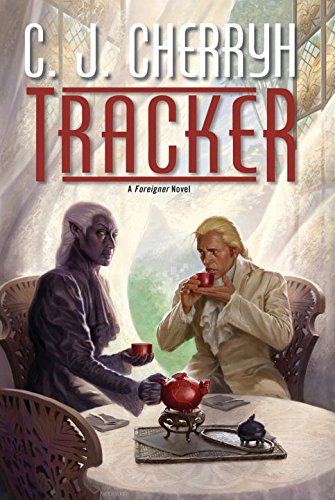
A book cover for Tracker: A Foreigner Novel; C. J. Cherryh; Science Fiction & Fantasy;